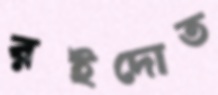
রইদোত